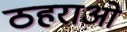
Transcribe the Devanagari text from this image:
ठहराओ